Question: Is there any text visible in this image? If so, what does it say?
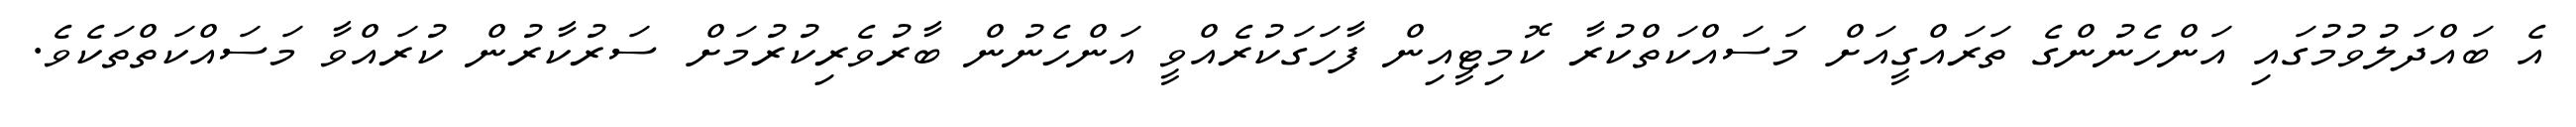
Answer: އެ ބައްދަލުވުމުގައި އަންހެނުންގެ ތަރައްގީއަށް މަސައްކަތްކުރާ ކޮމިޓީއިން ފާހަގަކުރެއްވީ އަންހެނުން ބާރުވެރިކުރުމަށް ސަރުކާރުން ކުރައްވާ މަސައްކަތްތަކެވެ.